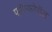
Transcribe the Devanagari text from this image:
फॉस्फरेसेंस